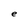
Character: e